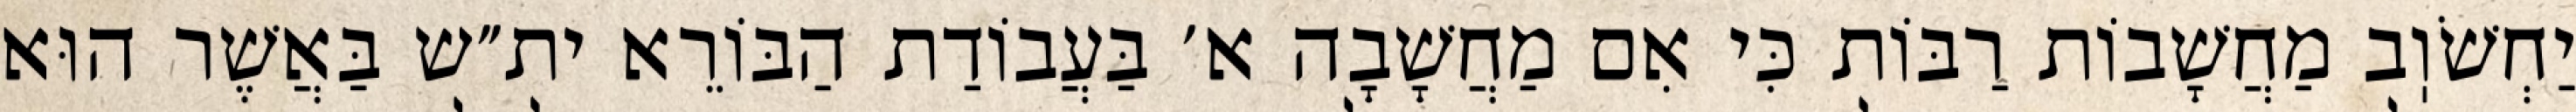
יַחְשֹׁוֽב מַחֲשָׁבוֹת רַבּוֹת כִּי אִם מַחֲשָׁבָה א׳ בַּעֲבוֹדַת הַבּוֹרֵא ית״ש בַּאֲשֶׁר הוּא